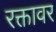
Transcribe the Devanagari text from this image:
रक्तावर